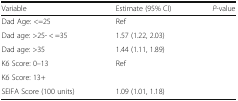
<table><thead><tr><td><b>Variable</b></td><td><b>Estimate (95% CI)</b></td><td><b><i>P</i>-value</b></td></tr></thead><tbody><tr><td>Dad Age: &lt;=25</td><td>Ref</td><td rowspan="3">[EMPTY_CELL]</td></tr><tr><td>Dad age: &gt;25- &lt; =35</td><td>1.57 (1.22, 2.03)</td></tr><tr><td>Dad age: &gt;35</td><td>1.44 (1.11, 1.89)</td></tr><tr><td>K6 Score: 0–13</td><td>Ref</td><td rowspan="2">[EMPTY_CELL]</td></tr><tr><td>K6 Score: 13+</td><td>[EMPTY_CELL]</td></tr><tr><td>SEIFA Score (100 units)</td><td>1.09 (1.01, 1.18)</td><td>[EMPTY_CELL]</td></tr></tbody></table>